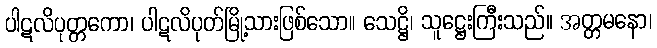
ပါဋလိပုတ္တကော၊ ပါဋလိပုတ်မြို့သားဖြစ်သော။ သေဋ္ဌိ၊ သူဋ္ဌေးကြီးသည်။ အတ္တမနော၊